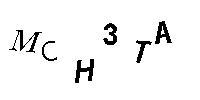
MCH3TA